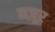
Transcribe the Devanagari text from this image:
मज़ूर